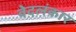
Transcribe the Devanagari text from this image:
वेदलंकार